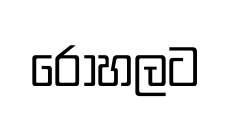
රෝහලට